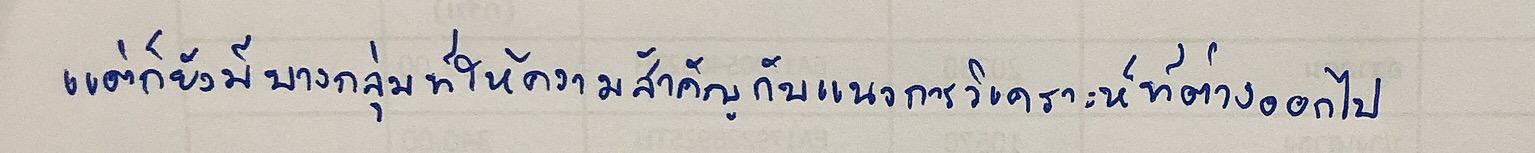
แต่ก็ยังมีบางกลุ่มที่ให้ความสำคัญกับแนวการวิเคราะห์ที่ต่างออกไป